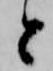
と